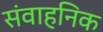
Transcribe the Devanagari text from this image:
संवाहनिक